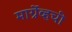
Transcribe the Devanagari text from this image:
मार्ग्रेव्हची